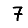
Digit: 7